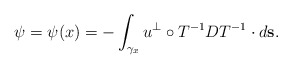
\begin{align*} \psi=\psi(x)= - \int_{\gamma_x} u^{\perp}\circ T^{-1} DT^{-1}\cdot d\mathbf{s}.\end{align*}